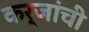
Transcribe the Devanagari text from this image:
कर्जांची